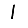
Digit: 1